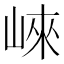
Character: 崍